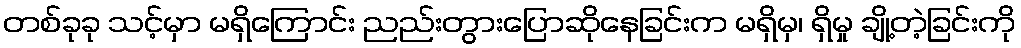
တစ်ခုခု သင့်မှာ မရှိကြောင်း ညည်းတွားပြောဆိုနေခြင်းက မရှိမှ၊ ရှိမှု ချို့တဲ့ခြင်းကို